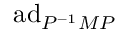
\mathrm { a d } _ { P ^ { - 1 } M P }